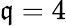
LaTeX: \mathfrak{q}=4